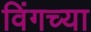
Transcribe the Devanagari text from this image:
विंगच्या